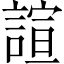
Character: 諠